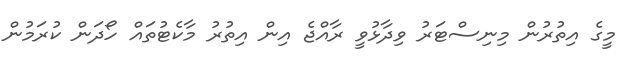
މީގެ އިތުރުން މިނިސްޓަރު ވިދާޅުވީ ރާއްޖެ އިން އިތުރު މާކެޓުތައް ހޯދަން ކުރަމުން